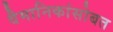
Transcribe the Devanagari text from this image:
वैमानिकांसोबत